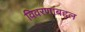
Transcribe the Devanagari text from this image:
विवरणाबद्दल